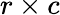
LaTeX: r\times c